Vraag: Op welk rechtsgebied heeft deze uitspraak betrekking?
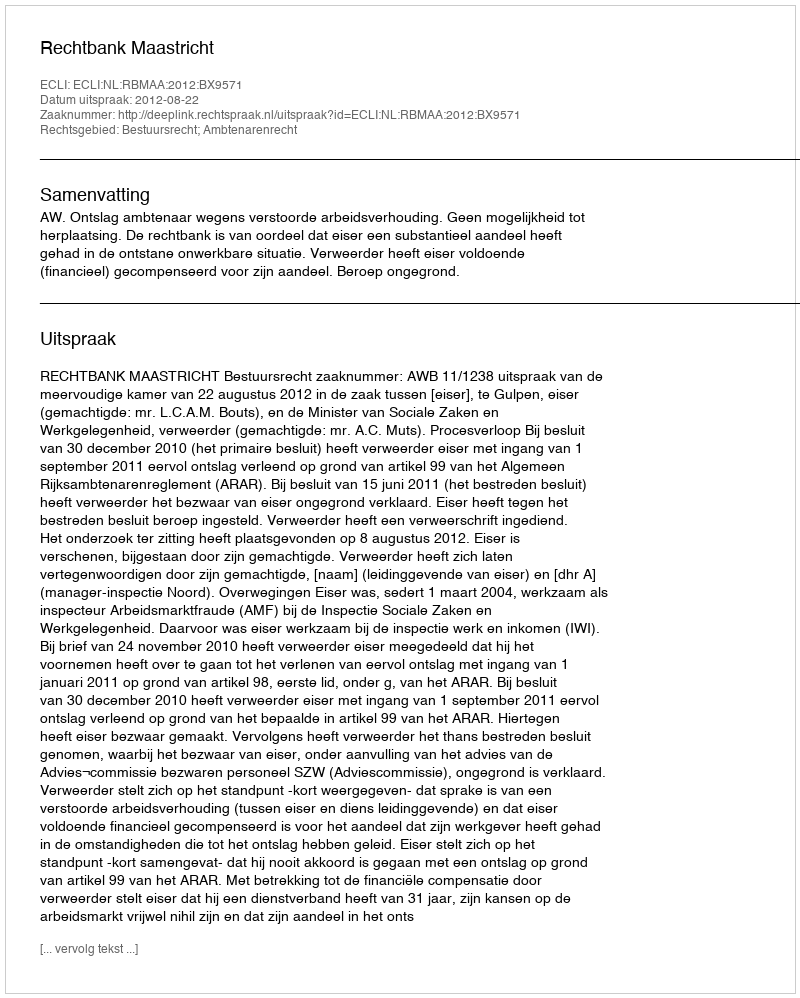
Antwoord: Bestuursrecht; Ambtenarenrecht